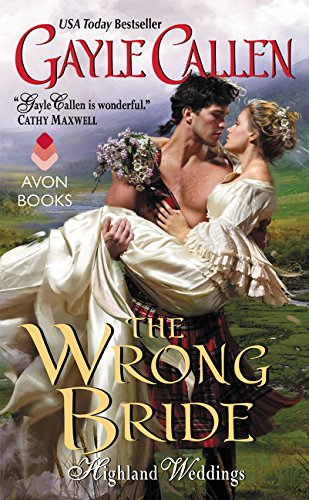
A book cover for The Wrong Bride: Highland Weddings; Gayle Callen; Romance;